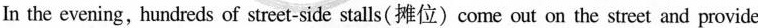
In the evening,hundreds of street-side stalls(摊位)come out on the street and provide